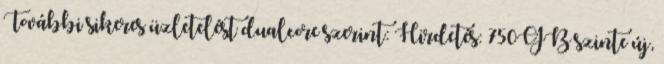
További sikeres üzletelést dualcore szerint: Hirdetés: 750GB szinte új,